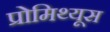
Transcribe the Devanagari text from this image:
प्रोमिथ्यूस